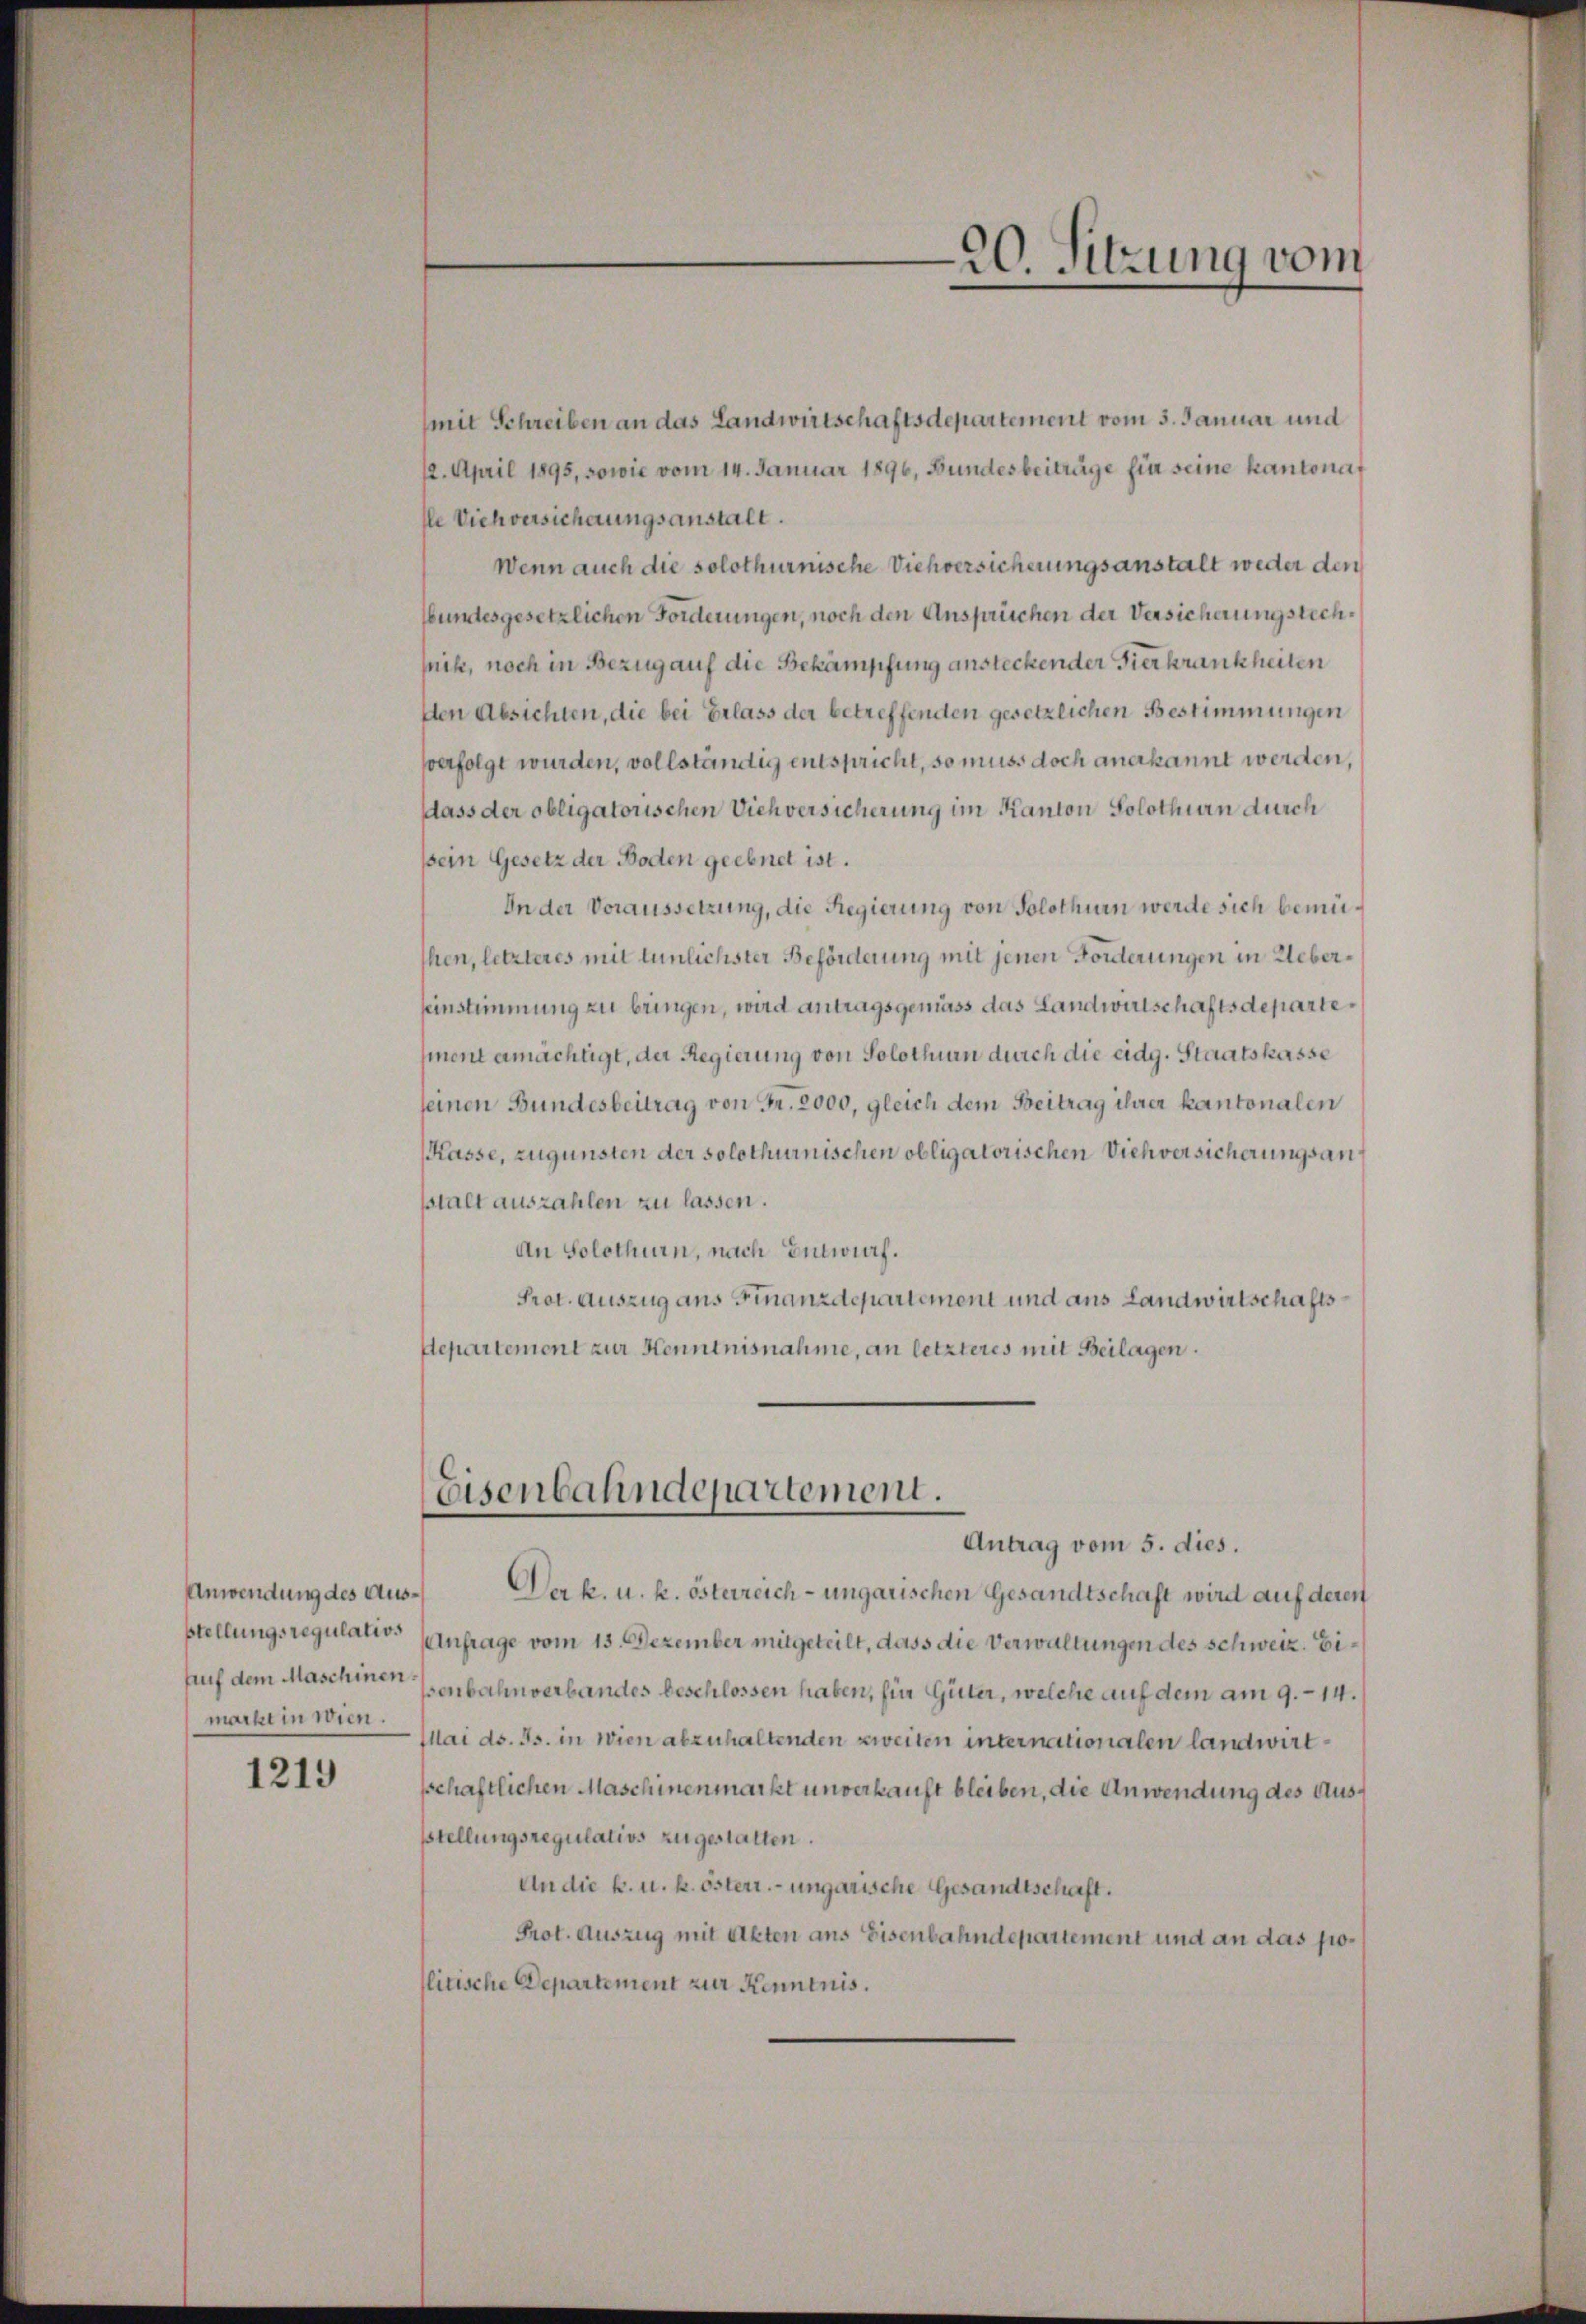
Anwendung des Aus¬
Auf dem Maschinen

1219

mit Schreiben an das Landwirtschaftsdepartement vom 5. Januar und
12. April 1895, sowie vom 14. Januar 1896, Bundesbeiträge für seine kantonaf
e Viehversicherungsanstalt.
Wenn auch die solothurnische Viehversicherungsanstalt weder den
Wundesgesetzlichen Forderungen, noch den Ansprüchen der Versicherungsrechsnik, noch in Bezug auf die Bekämpfung ansteckender Verkrankheiten
den Absichten, die bei Erlass der betreffenden gesetzlichen Bestimmungen
perfolgt wurden, vollständig entspricht, so muss doch anerkannt werden,
dass der obligatorischen Viehversicherung im Kanton Solothurn durch
sein Gesetz der Boden geebnet ist.
In der Voraussetzung, die Regierung von Solothurn werde sich bemühen, letzteres mit tunlichster Beförderung mit jenen Forderungen in Ueber¬
Eeinstimmung zu bringen, wird antragsgemäss das Landwirtschaftsdepartement ermächtigt, der Regierung von Solothurn durch die eidg. Staatskasse
seinen Bundesbeitrag von Fr. 2000, gleich dem Beitrag ihrer kantonalen
Kasse, zugunsten der solothurnischen obligatorischen Viehversicherungsanstalt auszahlen zu lassen.
An Solothurn, nach Entwurf.
Prot. Auszug aus Finanzdepartement und aus Landwirtschafts
Separtement zur Kenntnisnahme, an letzteres mit Beilagen.

Eisenbahndepartement.
Antrag vom 5. dies.

.
Der k. u. k. österreich-ungarischen Gesandtschaft wird auf deren
stellungsregulative Einfrage vom 15. Dezember mitgeteilt, dass die Verwaltungen des Schweiz. Eissenbahnverbandes beschlossen haben, für Güter, welche auf dem am 9. 14.
macht in der Mai d. Js. in Wien abzuhaltenden zweiten internationalen landwirtsschaftlichen Maschinenmarkt unverkauft bleiben, die Anwendung des Aussstellungsregulativs zugestatten.
An die k. u. k. österr. ungarische Gesandtschaft.
Prot. Auszug mit Akten ans Eisenbahndepartement und an das politische Departement zur Kenntnis.

20. Sitzung vom